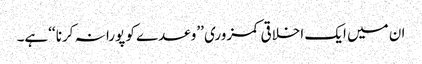
ان میں ایک اخلاقی کمزوری ’’وعدے کو پورا نہ کرنا ‘‘ہے۔